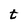
Character: t